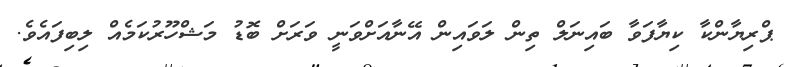
ޕްރިޔާންކާ ކިޔާފަވާ ބައިނަލް ތިން ލަވައިން އޭނާއަށްވަނީ ވަރަށް ބޮޑު މަޝްހޫރުކަމެއް ލިބިފައެވެ.